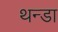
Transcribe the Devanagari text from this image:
थन्डा